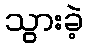
သွားခဲ့